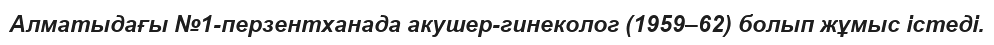
Алматыдағы №1-перзентханада акушер-гинеколог (1959–62) болып жұмыс істеді.